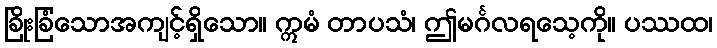
ခြိုးခြံသောအကျင့်ရှိသော။ ဣမံ တာပသံ၊ ဤမင်္ဂလရသေ့ကို။ ပဿထ၊